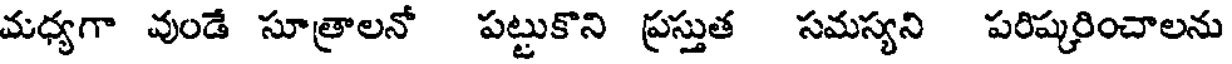
మధ్యగా వుండే సూత్రాలనో పట్టుకొని ప్రస్తుత సమస్యని పరిష్కరించాలను